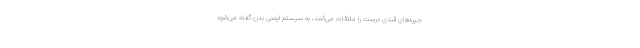
جیره‌های قندی درست را ملاقات می‌کنند، به سیستم ایمنی بدن گفته می‌شود